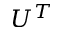
U ^ { T }